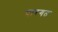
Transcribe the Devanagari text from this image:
पारगत